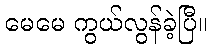
မေမေ ကွယ်လွန်ခဲ့ပြီ။